Lunatic asylums Bombay report 1878-1890 - 1878-1890
Year: 1878
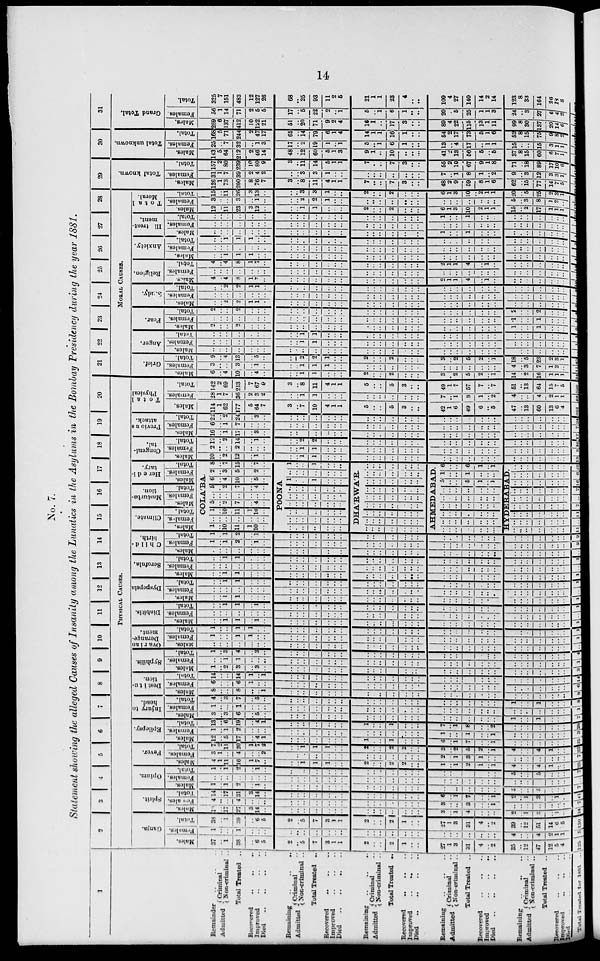
14
No. 7.
Statement showing the alleged Causes of Insanity among the Lunatics in the Asylums in the Bombay Presidency during the year 1881.
1
Remainder .. .. ..
Admitted
Criminal ..
Non-criminal ..
Total Treated ..
Recovered .. .. ..
Improved .. .. ..
Died .. .. .. ..
Remaining .. .. ..
Admitted
Criminal ..
Non-criminal ..
Total Treated
..
Recovered .. .. ..
Improved .. .. ..
Died .. .. .. ..
Remaining .. .. ..
Admitted Criminal ..
Non-criminal ..
Total Treated ..
Recovered .. .. ..
Improved
..
.. ..
Died .. .. .. ..
Remaining .. .. ..
Admitted
Criminal ..
Non-criminal ..
Total Treated
..
Recovered .. .. ..
Improved .. .. ..
Died .. .. .. ..
Remaining .. .. ..
Admitted
Criminal ..
Non-criminal ..
Total Treated ..
Recovered .. .. ..
Improved .. .. ..
Died .. .. .. ..
Total Treated for 1881 ..
2
3
4
5
6
7
8
9
10
11
12
13
14
15
16
17
18
19
20
PHYSICAL CAUSES.
Ganja.
Males.
37
..
1
38
..
6
5
2
..
5
7
3
1
1
2
..
..
2
1
..
..
27
1
3
31
4
..
2
35
..
12
47
12
5
4
125
Females.
1
..
..
1
..
..
..
..
..
..
..
..
..
..
..
..
..
..
..
..
..
..
.. ..
..
..
..
..
4
..
..
4
2
1
1
5
Total.
38
..
1
39
..
6
5
2
..
5
7
3
1
1
2
..
..
2
1
..
..
27
1
3
31
4
..
2
39
..
12
51
14
6
5
130
Spirit.
Males.
10
..
17
27
3
14
..
..
..
..
..
..
..
..
..
..
..
..
..
..
..
3
..
1
4
..
..
..
2
..
1
3
..
1
..
34
Females.
4
..
..
4
..
..
..
..
..
..
..
..
..
..
..
..
..
..
..
..
..
3
..
..
3
..
..
1
..
..
..
..
..
..
..
7
Total.
14
..
17
31
3
14
..
..
..
..
..
..
..
..
..
..
..
..
..
..
..
6
..
1
7
..
..
1
2
..
1
3
..
1
..
41
Opium.
Males.
1
..
1
2
..
1
..
..
.. ..
..
..
..
..
..
..
..
..
..
..
..
..
..
..
..
..
..
..
5
..
..
5
..
..
..
7
Females.
..
..
..
..
..
..
..
..
..
..
..
..
..
..
..
..
..
..
..
..
..
..
..
..
..
..
..
..
..
..
..
..
..
..
..
..
Total.
1
..
1
2
..
1
..
..
..
..
..
..
..
..
..
..
..
..
..
.. ..
..
..
..
..
..
..
..
5
..
..
5
..
..
..
7
Fever.
Males.
4
1
11
16
1
7
..
..
..
1
1
1
..
..
2
..
..
2
2
..
..
1
..
1
2
1
..
1
4
..
..
4
1
..
..
25
Females.
3
1
..
4
..
..
2
..
..
..
..
..
..
..
..
..
..
..
..
..
..
2
..
1
3
1
..
..
..
..
..
..
..
..
..
7
Total.
7
2
11
20
1
7
2
..
..
1
1
1
..
..
2
..
..
2
..
..
..
3
..
2
5
2
..
1
4
..
..
4
1
..
..
32
Epilepsy.
Males.
12
..
5
17
..
4
1
..
..
..
..
..
..
..
1
..
..
1
..
..
..
6
..
1
7
..
..
1
..
..
..
..
..
..
..
25
Females.
1
..
1
2
..
..
..
..
..
..
..
..
..
..
..
..
..
..
..
..
..
1
..
..
1
..
..
1
..
..
..
..
..
..
..
3
Total.
13
..
6
19
..
4
1
..
..
..
..
..
..
..
1
..
..
1
..
..
..
7
..
1
8
..
..
2
..
..
..
..
..
..
..
28
Injury to
head.
Males.
3
..
3
6
..
5
..
..
..
..
..
..
..
..
..
..
..
..
..
..
..
..
..
..
..
..
..
..
1
..
..
1
..
..
..
7
Females.
1
..
...
1
..
..
..
..
..
..
..
..
..
..
..
..
..
..
..
..
..
..
..
..
..
..
..
..
..
..
..
..
..
..
..
1
Total.
4
..
3
7
..
5
..
..
..
..
..
..
..
..
..
..
..
..
..
..
..
..
..
..
..
..
..
..
1
..
..
1
..
..
..
8
Destitu-
tion.
Males.
8
..
..
8
..
..
1
..
..
..
..
..
..
..
..
..
..
..
..
..
..
..
..
..
..
..
..
..
..
..
..
..
..
..
..
8
Females.
6
..
..
6
1
..
..
..
..
..
..
..
..
..
..
..
..
..
..
..
..
..
..
..
..
..
..
..
..
..
..
..
..
..
..
6
Total.
14
..
3
14
1
..
1
..
..
..
..
..
..
..
..
..
..
..
..
..
..
..
..
..
..
..
..
..
..
..
..
..
..
..
..
14
Syphilis.
Males.
1
..
2
3
..
3
..
..
..
..
..
..
..
..
..
..
..
..
..
..
..
..
..
..
..
..
..
..
..
..
..
..
..
..
..
3
Females.
..
..
1
1
..
..
..
..
..
..
..
..
..
..
..
..
..
..
..
..
..
..
..
..
..
..
..
..
..
..
..
..
..
..
..
1
Total.
1
..
3
4
..
3
..
..
..
..
..
..
..
..
..
..
..
..
..
..
..
..
..
..
..
..
..
..
..
..
..
..
..
..
..
4
Ovarian
Derange-
ment.
Males.
..
..
..
..
..
..
..
..
..
..
..
..
..
..
..
..
..
..
..
..
..
..
..
..
..
..
..
..
..
..
..
..
..
..
..
..
Females.
1
..
..
1
1
..
..
..
..
..
..
..
..
..
..
..
..
..
..
..
..
..
..
..
..
..
..
..
..
..
..
..
..
..
..
1
Total.
1
..
..
1
1
..
..
..
..
..
..
..
..
..
..
..
..
..
..
..
..
..
..
..
..
..
..
..
..
..
..
..
..
..
..
1
Diabitis.
Males.
..
..
1
1
..
1
..
..
..
..
..
..
..
..
..
..
..
..
..
..
..
..
..
..
..
..
..
..
..
..
..
..
..
..
..
1
Females.
..
..
..
..
..
..
..
..
..
..
..
..
..
..
..
..
..
..
..
..
..
..
..
..
..
..
..
..
..
..
..
..
..
.. ..
..
Total.
..
..
1
1
..
1
..
..
..
..
..
..
..
..
..
..
..
..
..
..
..
..
..
..
..
..
..
..
..
..
..
..
..
..
..
1
Dyspepsia
Males.
..
..
1
1
..
..
..
..
..
..
..
..
..
..
..
..
..
..
..
..
..
..
..
..
..
..
..
..
..
..
..
..
..
..
..
1
Females.
..
..
..
..
..
..
..
..
..
..
..
..
..
..
..
..
..
..
..
..
..
..
..
..
..
..
..
..
..
..
..
..
..
..
..
..
Total.
..
..
1
1
..
..
..
..
..
..
..
..
..
..
..
..
..
..
..
..
..
..
..
..
..
..
..
..
..
..
..
..
..
..
..
1
Scrofula.
Males.
..
..
1
1
..
..
..
..
..
..
..
..
..
..
..
..
..
..
..
..
..
..
..
..
..
..
..
..
..
..
..
..
..
..
..
1
Females.
..
..
..
..
..
..
..
..
..
..
..
..
..
..
..
..
..
..
..
..
..
..
..
..
..
..
..
..
..
..
..
..
..
..
..
..
Total.
..
..
1
1
..
..
..
..
..
..
..
..
..
..
..
..
..
..
..
..
..
..
..
..
..
..
..
..
..
..
..
..
..
..
..
1
Child-
birth.
Males.
..
..
..
..
..
..
..
..
..
..
..
..
..
..
..
..
..
..
..
..
..
..
..
..
..
..
..
..
..
..
..
..
..
..
..
..
Females.
1
..
1
2
..
1
..
..
..
..
..
..
..
..
..
..
..
..
..
..
..
..
..
..
..
..
..
..
..
..
..
..
..
..
..
2
Total.
1
..
1
2
..
1
..
..
..
..
..
..
..
..
..
..
..
..
..
..
..
..
..
..
..
..
..
..
..
..
..
..
..
..
..
2
Climate.
Males.
Females.
Total.
Masturba-
tion.
Males.
Females.
Total.
Heredi-
tary.
Males.
Females.
Total.
COLA'BA.
1
..
10
11
1
10
..
..
..
..
..
..
..
..
1
..
10
11
1
10
..
5
..
2
7
..
4
..
..
..
..
..
..
..
..
5
..
2
7
..
4
..
6
..
4
10
..
5
..
2
..
3
5
..
2
..
8
7
15
..
7
..
POONA
..
..
..
..
..
..
..
..
..
..
..
..
..
..
..
..
..
..
..
..
..
..
..
..
..
..
..
..
..
..
..
..
..
..
..
..
..
..
..
..
..
..
1
..
..
1
..
..
..
..
..
..
..
..
..
..
1
..
..
1
..
..
..
DHA'RWA'R.
..
..
..
..
..
..
..
..
..
..
..
..
..
..
..
..
..
..
..
..
..
..
..
..
..
..
..
..
..
..
..
..
..
..
..
..
..
..
..
..
..
..
..
..
..
..
..
..
..
..
..
..
..
..
..
..
..
..
..
..
..
..
..
AHMEDABAD.
..
..
..
..
..
..
..
..
..
..
..
..
..
..
..
..
..
..
..
..
..
..
..
..
..
..
..
..
..
..
..
..
..
..
..
..
..
..
..
..
..
..
5
..
..
5
1
..
1
1
..
..
1
..
..
..
6
..
..
6
1
..
1
HYDERABAD.
..
..
..
..
..
..
..
11
..
..
..
..
..
..
..
..
..
..
..
..
..
..
..
11
..
..
..
..
..
..
..
7
..
..
..
..
..
..
..
..
..
..
..
..
..
..
..
7
..
..
..
..
..
..
..
16
..
..
..
..
..
..
.. 6
..
..
..
..
..
..
..
22
Congeni-
tal.
Males.
10
..
2
12
..
1
..
..
..
1
1
..
..
..
..
..
..
..
..
..
..
..
..
..
..
..
..
..
..
..
..
..
..
..
..
13
Females.
2
..
..
2
..
..
..
..
..
1
1
..
..
..
..
..
..
..
..
..
..
..
..
..
..
..
..
..
..
..
..
..
..
..
..
3
Total.
12
..
2
14
..
1
..
..
..
2
2
..
..
..
..
..
..
..
..
..
..
..
..
..
..
..
..
..
..
..
..
..
..
..
..
16
Previous
attack.
Males.
16
..
1
17
..
3
..
..
..
..
..
..
..
..
..
..
..
..
..
..
..
..
..
..
..
..
..
..
..
..
..
..
..
..
..
17
Females.
6
..
1
7
..
..
..
..
..
..
..
..
..
..
..
..
..
..
..
..
..
..
..
..
..
..
..
..
..
..
..
..
..
..
..
7
Total.
22
..
2
24
..
3
..
..
..
..
..
..
..
..
..
..
..
..
..
..
..
..
..
..
..
..
..
..
..
..
..
..
..
..
..
24
Total
Physical
Males.
114
1
62
177
5
64
7
3
..
7
10
4
1
1
5
..
..
5
3
..
..
42
1
6
49
6
..
5
47
..
13
60
13
6
4
301
Females.
28
1
7
36
2
3
2
..
..
1
1
..
..
..
..
..
..
..
..
..
..
7
..
1
8
1
..
2
4
..
..
4
2
1
1
49
Total.
142
2
69
213
7
67
9
3
..
8
11
4
1
1
5
..
..
5
3
..
..
49
1
7
57
7
..
7
51
..
13
64
15
7
5
350
21
22
23
24
25
26
27
28
MORAL CAUSES.
Grief.
Males.
6
..
4
10
..
4
..
..
..
1
1
..
..
..
2
..
..
2
..
..
..
3
..
2
5
2
..
1
14
..
2
16
1
1
1
34
Females.
3
..
..
3
..
1
..
..
..
1
1
1
..
..
..
..
..
..
..
..
..
..
..
..
..
..
..
..
4
..
3
7
1
2
..
11
Total.
9
..
4
13
..
5
..
..
..
2
2
1
..
..
2
..
..
2
..
..
..
3
..
2
5
2
..
1
18
..
5
23
2
3
1
45
Anger.
Males.
..
..
..
..
..
..
..
..
..
..
..
..
..
..
..
..
..
..
..
..
..
..
..
..
..
..
..
..
..
..
..
..
..
..
..
..
Females.
..
..
..
..
..
..
..
..
..
1
1
..
..
..
..
..
..
..
..
..
..
..
..
..
..
..
..
..
..
..
..
..
..
..
..
1
Total.
..
..
..
..
..
..
..
..
..
1
1
..
..
..
..
..
..
..
..
..
..
..
..
..
..
..
..
..
..
..
..
..
..
..
..
1
Fear.
Males.
2
..
..
2
..
..
..
..
..
..
..
..
..
..
..
..
..
..
..
..
..
..
..
..
..
..
..
..
1
..
..
1
..
..
..
3
Females.
..
..
..
..
..
..
..
..
..
..
..
..
..
..
..
..
..
..
..
..
..
..
..
..
..
..
..
..
1
..
..
1
..
..
..
1
Total.
2
..
..
2
..
..
..
..
..
..
..
..
..
..
..
..
..
..
..
..
..
..
..
..
..
..
..
..
2
..
..
2
..
..
..
4
Study.
Males.
..
..
2
2
1
1
..
..
..
..
..
..
..
..
..
..
..
..
..
..
..
..
..
..
..
..
..
..
..
..
..
..
..
..
..
2
Females.
..
..
..
..
..
..
..
..
..
..
..
..
..
..
..
..
..
..
..
..
..
..
..
..
..
..
..
..
..
..
..
..
..
..
..
..
Total.
..
..
2
2
1
1
..
..
..
..
..
..
..
..
..
..
..
..
..
..
..
..
..
..
..
..
..
..
..
..
..
..
..
..
..
2
Religion.
Males.
4
..
4
8
1
7
..
..
..
..
..
..
..
..
..
..
..
..
..
..
..
2
1
1
4
..
1
..
..
..
..
..
..
.. ..
12
Females.
..
..
..
..
..
..
..
..
..
..
..
..
..
..
..
..
..
..
..
..
..
..
..
..
..
..
..
..
..
..
..
..
..
..
..
..
Total.
4
..
4
8
1
7
..
..
..
..
..
..
..
..
..
..
..
..
..
..
..
2
1
1
4
..
1
..
..
..
..
..
..
..
..
12
Anxiety.
Males.
..
..
1
1
1
..
..
..
..
..
..
..
..
..
..
..
..
..
..
..
..
..
..
..
..
..
..
..
..
..
..
..
..
..
..
1
Females.
..
..
..
..
..
..
..
..
..
..
..
..
..
..
..
..
..
..
..
..
..
..
..
..
..
..
..
..
..
..
..
..
..
..
..
..
Total.
..
..
1
1
1
..
..
..
..
..
..
..
..
..
..
..
..
..
..
..
..
..
..
..
..
..
..
..
..
..
..
..
..
..
..
1
Ill treat-
ment.
Males.
..
..
..
..
..
..
..
..
..
..
..
..
..
..
..
..
..
..
..
..
..
1
..
..
1
..
..
..
..
..
..
..
..
..
..
1
Females.
..
..
..
..
..
..
..
..
..
..
..
..
..
..
..
..
..
..
..
..
..
..
..
..
..
..
..
..
..
..
..
..
..
.. ..
..
Total.
..
..
..
..
..
..
..
..
..
..
..
..
..
..
..
..
..
..
..
..
..
1
..
..
1
..
..
..
..
..
..
..
..
..
..
1
Total
Moral.
Males.
12
..
11
23
3
12
..
..
..
1
1
..
..
..
2
..
..
2
..
..
..
6
1
3
10
2
1
1
15
..
2
17
1
1
..
53
Females.
3
..
..
3
..
1
..
..
..
2
2
1
..
..
..
..
..
..
..
..
..
..
..
..
..
..
..
..
5
..
3
8
2
..
..
Total.
15
..
11
26
8
13
..
..
..
3
3
1
..
..
2
..
..
2
..
..
..
6
1
3
10
2
1
1
20
..
5
25
3
1
..
29
Total known.
Males.
126
1
73
200
8
76
7
3
..
8
11
4
1
1
7
..
..
7
3
..
..
48
2
9
59
8
1
6
62
..
15
77
14
7
5
Females.
31
1
7
39
2
4
2
..
..
3
3
1
..
..
..
..
..
..
..
..
..
7
..
1
8
1
..
2
9
..
3
12
3
3
1
Total.
157
2
80
239
10
80
9
3
..
11
14
5
1
1
7
..
..
7
3
..
..
55
2
10
67
9
1
8
71
..
18
89
17
10 6
30
Total unknown.
Males.
143
5
64
212
2
46
14
48
..
12
60
5
1
3
9
1
..
10
..
..
..
41
2
13
56
5
..
5
37
8
15
60
6
7
1
Females.
25
..
7
32
..
1
3
17
..
2
19
1
..
1
5
..
1
6
1
..
..
13
..
4
17
..
1
1
15
..
..
15
3
1
1
Total.
168
5
71
244
2
47
17
65
..
14
79
6
1
4
14
1
1
16
1
..
..
54
2
17
73
5
1
6
52
8
15
75
9
8
2
31
Grand Total.
Males.
269
6
137
412
10
122
21
51
..
20
71
9
2
4
16
1
..
17
3
..
..
89
4
22
115
13
1
11
99
8
30
137
20
14
6
Females.
56
1
14
71
2
5
5
17
..
5
22
2
..
1
5
..
1
6
1
..
..
20
..
5
25
1
1
3
24
..
3
27
6
4
2
Total.
325
7
151
483
12
127
26
68
..
25
93
11
2
6
21
1
1
23
4
..
..
109
4
27
140
14
2
14
123
8
33
164
26
18
8